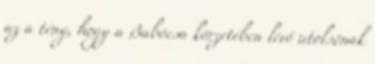
az a tény, hogy a Babócsa körzetében lévő utolsónak